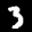
Label: 3